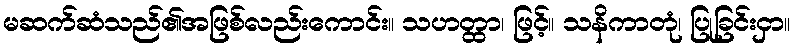
မဆက်ဆံသည်၏အဖြစ်လည်းကောင်း။ သဟတ္ထာ၊ ဖြင့်။ သနိကာတုံ၊ ပြုခြင်းငှာ။